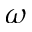
\omega